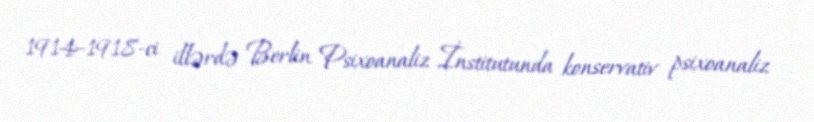
1914–1918-ci illərdə Berlin Psixoanaliz İnstitutunda konservativ psixoanaliz